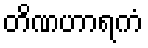
တိဏဟာရကံ